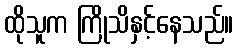
ထိုသူက ကြိုသိနှင့်နေသည်။